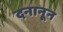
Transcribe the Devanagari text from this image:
दनानून